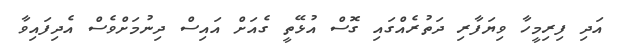
އަދި ފިރިމީހާ ވިޔަފާރި ދަތުރެއްގައި ގޮސް އުޅޭތީ ގެއަށް އައިސް ދިނުމަށްވެސް އެދިފައިވާ